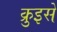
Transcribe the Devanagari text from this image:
क्रुइसे